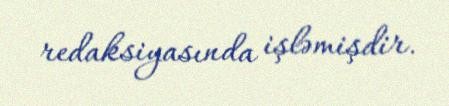
redaksiyasında işləmişdir.